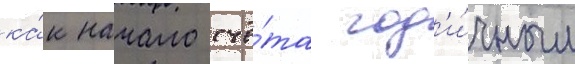
ка́к начало счё́та год'и́чным